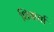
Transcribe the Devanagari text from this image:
शिवार्चा